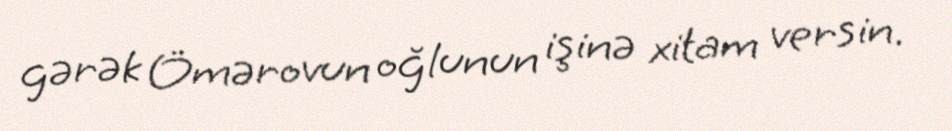
gərək Ömərovun oğlunun işinə xitam versin.